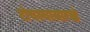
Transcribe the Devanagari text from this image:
टोचल्यासारखे